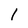
Character: 1